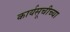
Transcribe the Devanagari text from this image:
कार्यसूचीच्या